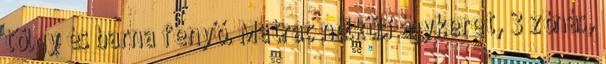
tölgy és barna fenyő. Matrac nélküli ágykeret, 3 zónás,